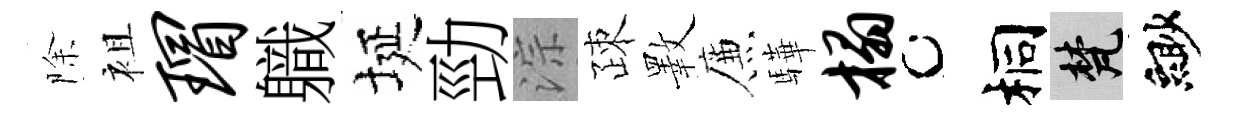
除袓瑁軄埏勁淙疎斁簾驊榻桐梵緲